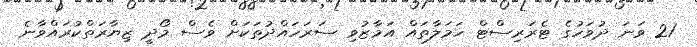
21 ވަނަ ދުވަހުގެ ޓެރަރިސްޓް ހަމަލާތައް އަމާޒުވި ސަރަހައްދުތަކަށް ވެސް މޯދީ ޒިޔާރަތްކުރައްވާނެ